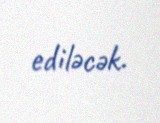
ediləcək.